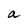
Character: a